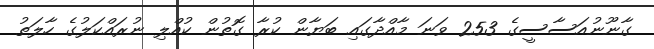
ގާނޫނުއަސާސީގެ 253 ވަނަ މާއްދާގައި ބަޔާން ކުރާ ގޮތުން ކުއްލި ނުރައްކަލުގެ ހާލަތު